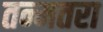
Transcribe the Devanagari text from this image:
तन्मतरा